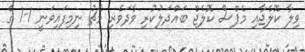
ވިލާ ކޮލެޖާއި މެޕްސް ކޮލެޖް ބައްދަލުކުރި ވާދަވެރި މެޗު ނިމިފައިވަނީ 1-1 ގެ